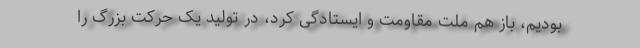
بودیم، باز هم ملت مقاومت و ایستادگی کرد، در تولید یک حرکت بزرگ را